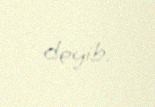
deyib.